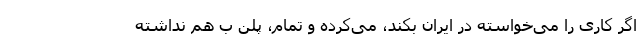
اگر کاری را می‌خواسته در ایران بکند، می‌کرده و تمام، پلن ب هم نداشته